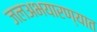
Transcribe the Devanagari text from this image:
जलअभयारण्यात